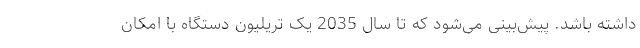
داشته باشد. پیش‌بینی می‌شود که تا سال 2035 یک تریلیون دستگاه با امکان